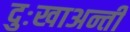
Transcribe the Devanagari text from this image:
दुःखाअन्ती